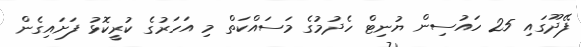
ފޭދޫގައި 25 ހައުސިން ޔުނިޓް ހެދުމުގެ މަސައްކަތް މި އަހަރުގެ ކުރީކޮޅު ފަށައިގެން